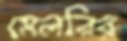
মেলরির